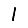
Digit: 1